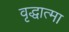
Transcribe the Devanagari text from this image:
वृद्धात्मा